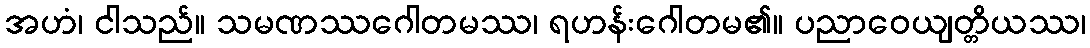
အဟံ၊ ငါသည်။ သမဏဿဂေါတမဿ၊ ရဟန်းဂေါတမ၏။ ပညာဝေယျတ္တိယဿ၊